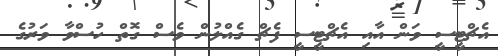
އެޗްޓީސީ ވަން އާއި އެޗްޓީސީ ފެޗް ގެއްލުން ވެސް ގޮތް ހުސްވާ ވަރުގެ